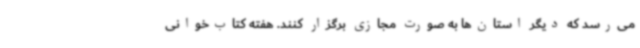
می‌رسد که دیگر استان‌ها به صورت مجازی برگزار کنند. هفته کتاب‌خوانی